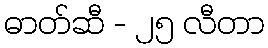
ဓာတ်ဆီ - ၂၅ လီတာ